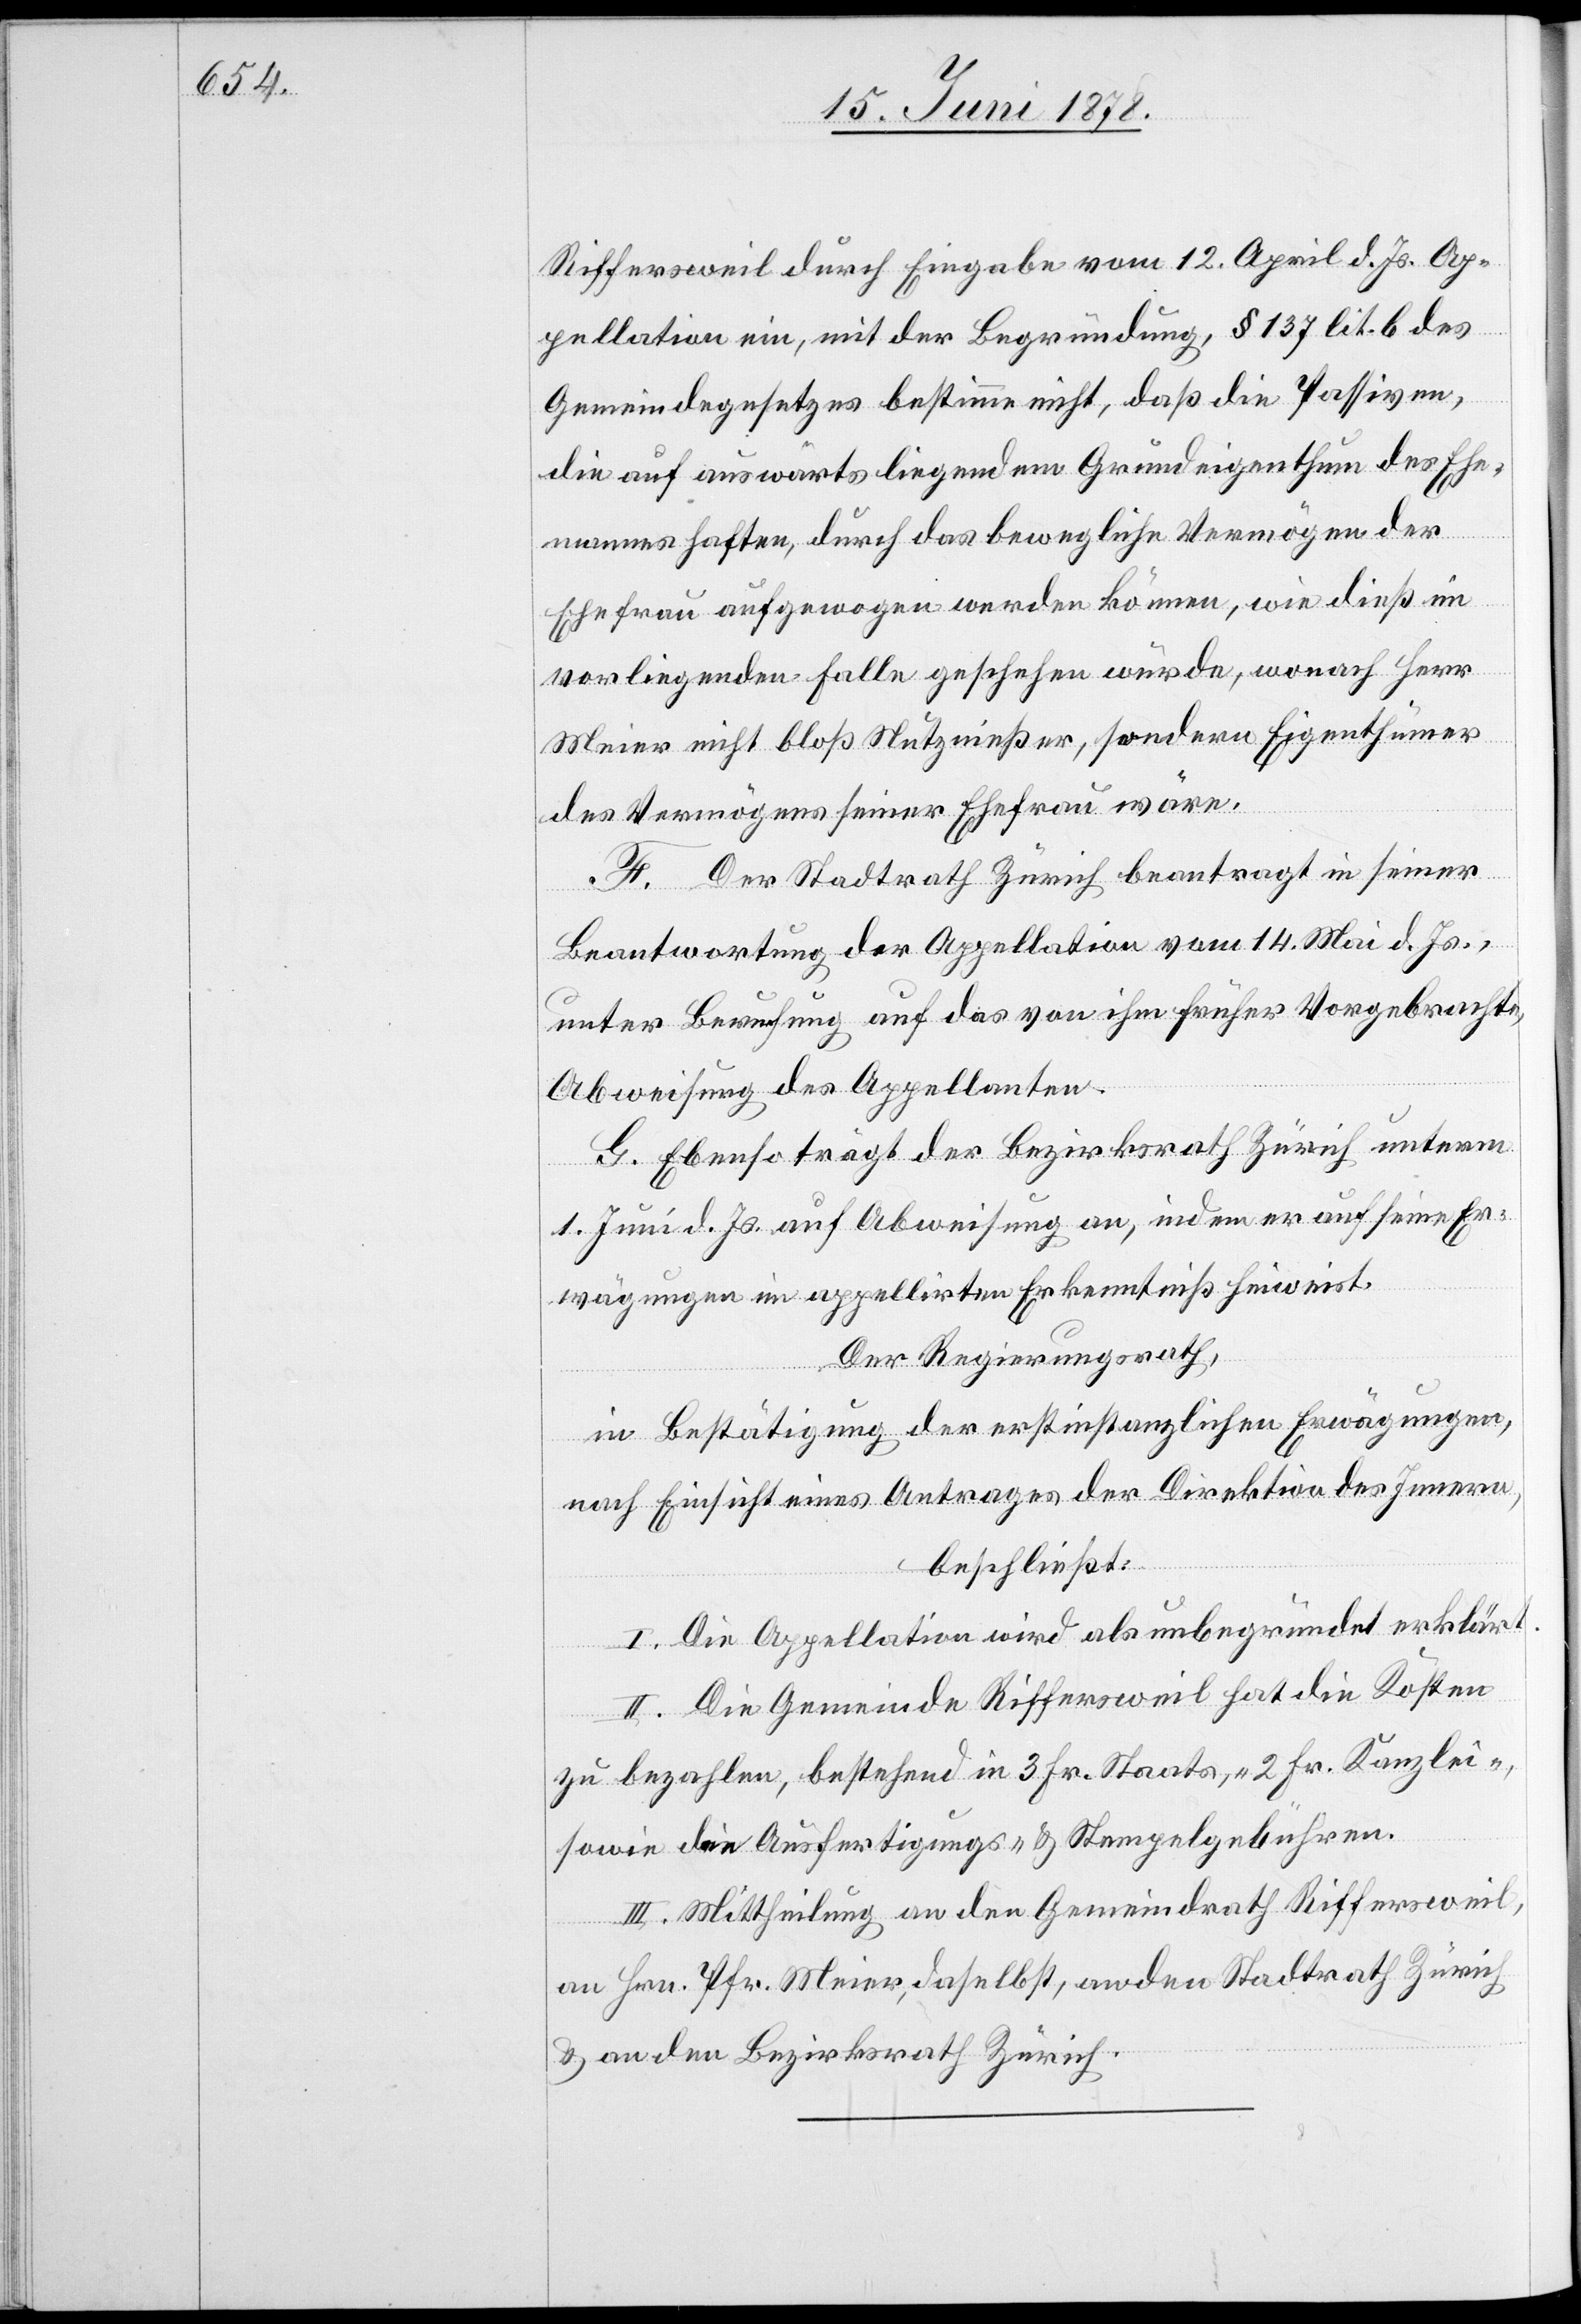
Riffersweil durch Eingabe vom 12. April d. Js. Ap¬
pellation ein, mit der Begründung, § 137 lit. b des
Gemeindegesetzes bestimme nicht, daß die Passiven,
die auf auswärts liegendem Grundeigenthum des Ehe¬
mannes haften, durch das bewegliche Vermögen der
Ehefrau aufgewogen werden können, wie dieß im
vorliegenden Falle geschehen würde, wonach Herr
Meier nicht bloß Nutznießer, sondern Eigenthümer
des Vermögens seiner Ehefrau wäre.
F. Der Stadtrath Zürich beantragt in seiner
Beantwortung der Appellation vom 14. Mai d. Js.,
unter Berufung auf das von ihm früher Vorgebrachte,
Abweisung des Appellanten.
G. Ebenso trägt der Bezirksrath Zürich unterm
1. Juni d. Js. auf Abweisung an, indem er auf seine Er¬
wägungen im appellirten Erkenntniß hinweist.
Der Regierungsrath,
in Bestätigung der erstinstanzlichen Erwägungen,
nach Einsicht eines Antrages der Direktion des Innern,
beschließt:
I. Die Appellation wird als unbegründet erklärt.
II. Die Gemeinde Riffersweil hat die Kosten
zu bezahlen, bestehend in 3 Fr. Staats-, 2 Fr. Kanzlei
sowie die Ausfertigungs- und Stempelgebühren.
III. Mittheilung an den Gemeindrath Riffersweil,
an Hrn. Pfr. Meier, daselbst, an den Stadtrath Zürich
& an den Bezirksrath Zürich.